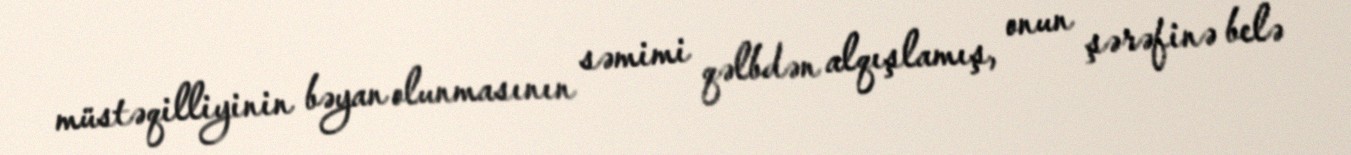
müstəqilliyinin bəyan olunmasının səmimi qəlbdən alqışlamış, onun şərəfinə belə